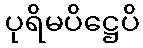
ပုရိမပိဋ္ဌေပိ